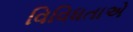
વિવિધતાએ